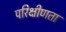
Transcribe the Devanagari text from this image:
परिक्षीणता